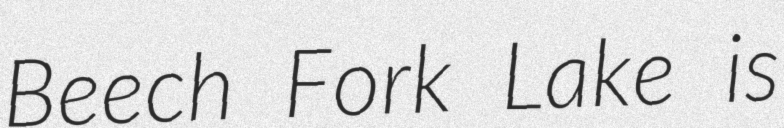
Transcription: Beech Fork Lake is